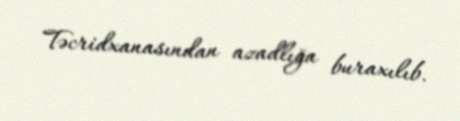
Təcridxanasından azadlığa buraxılıb.